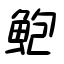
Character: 鮑